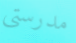
مدرستي